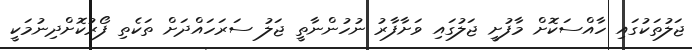
ޖަލުތަކުގައި ހާއްސަކޮށް މާފުށީ ޖަލުގައި ވަށާފާރު ނުހުންނާތީ ޖަލު ސަރަހައްދަށް ތަކެތި ފޯރުކޮށްދިނުމަކީ